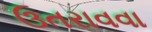
ઉતરાવવા